Lunatic asylums United Prov. 1922-30 - 1922-1930
Year: 1922
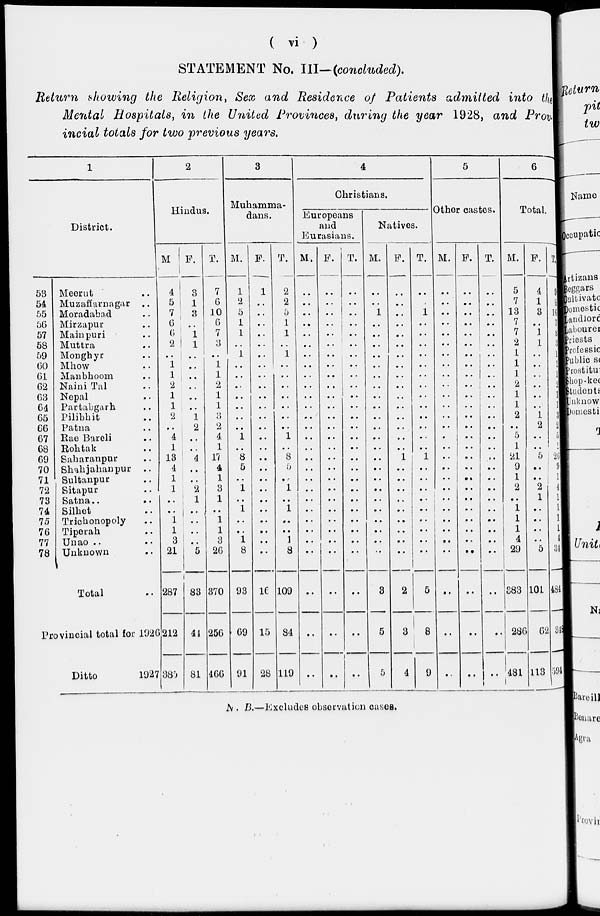
( vi )
STATEMENT No. III-(concluded).
Return showing the Religion, Sex and Residence of Patients admitted into the
Mental Hospitals, in the United Provinces, during the year 1928, and Prov-
incial totals for two previous years.
1
District.
53
54
55
56
57
58
59
60
61
62
63
64
65
66
67
68
69
70
71
72
73
74
75
76
77
78
Meerut ..
Muzaffarnagar
..
Moradabad ..
Mirzapur ..
Mainpuri ..
Muttra ..
Monghyr ..
Mhow ..
Manbhoom ..
Naini Tal ..
Nepal ..
Partabgarh ..
Pilibhit ..
Patna ..
Rae Bareli ..
Rohtak ..
Saharanpur ..
Shahjahanpur
..
Sultanpur ..
Sitapur ..
Satna.. ..
Silhet ..
Trichonopoly ..
Tiperah ..
Unao .. ..
Unknown ..
Total ..
Provincial total for 1926
Ditto
1927
2
Hindus.
M.
4
5
7
6
6
2
..
1
1
2
1
1
2
..
4
1
13
4
1
1
..
..
1
1
3
21
287
212
385
F.
3
1
3
..
1
1
..
..
..
..
..
..
1
2
..
..
4
..
..
2
1
..
..
..
..
5
83
44
81
T.
7
6
10
6
7
3
..
1
1
2
1
1
3
2
4
1
17
4
1
3
1
..
1
1
3
26
370
256
466
3
Muhamma-
dans.
M.
1
2
5
1
1
..
1
..
..
..
..
..
..
..
1
..
8
5
..
1
..
1
..
..
1
8
93
69
91
F.
1
..
..
..
..
..
..
..
..
..
..
..
..
..
..
..
..
..
..
..
..
..
..
..
..
..
16
15
28
T.
2
2
5
1
1
..
1
..
..
..
..
..
..
..
1
..
8
5
..
1
..
1
..
..
1
8
109
84
149
4
Christians.
Europeans
and
Eurasians.
M.
..
..
..
..
..
..
..
..
..
..
..
..
..
..
..
..
..
..
..
..
..
..
..
..
..
..
..
..
..
F.
..
..
..
..
..
..
..
..
..
..
..
..
..
..
..
..
..
..
..
..
..
..
..
..
..
..
..
..
..
T.
..
..
..
..
..
..
..
..
..
..
..
..
..
..
..
..
..
..
..
..
..
..
..
..
..
..
..
..
..
Natives.
M.
..
..
1
..
..
..
..
..
..
..
..
..
..
..
..
..
..
..
..
..
..
..
..
..
..
..
3
5
5
F.
..
..
..
..
..
..
..
..
..
..
..
..
..
..
..
..
1
..
..
..
..
..
..
..
..
..
2
3
4
T.
..
..
1
..
..
..
..
..
..
..
..
..
..
..
..
..
1
..
..
..
..
..
..
..
..
..
5
8
9
5
Other castes.
M.
..
..
..
..
..
..
..
..
..
..
..
..
..
..
..
..
..
..
..
..
..
..
..
..
..
..
..
..
F.
..
..
..
..
..
..
..
..
..
..
..
..
..
..
..
..
..
..
..
..
..
..
..
..
..
..
..
..
..
T.
..
..
..
..
..
..
..
..
..
..
..
..
..
..
..
..
..
..
..
..
..
..
..
..
..
..
..
..
..
6
Total.
M.
5
7
13
7
7
2
1
1
1
2
1
1
2
..
5
1
21
9
1
2
..
1
1
1
4
29
383
286
481
F.
4
1
3
..
1
1
..
..
..
..
..
..
1
2
..
..
5
..
..
2
1
..
..
..
..
5
101
62
113
T.
9
8
16
7
8
3
1
1
1
2
1
1
3
2
5
1
26
9
1
4
1
1
1
1
4
34
484
348
594
N. B.—Excludes observation cases.